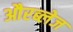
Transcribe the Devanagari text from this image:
औरब्लेज